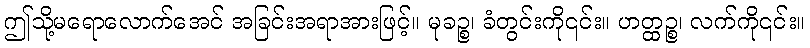
ဤသို့မရောလောက်အေင် အခြင်းအရာအားဖြင့်။ မုခဉ္စ၊ ခံတွင်းကို၎င်း။ ဟတ္ထဉ္စ၊ လက်ကို၎င်း။